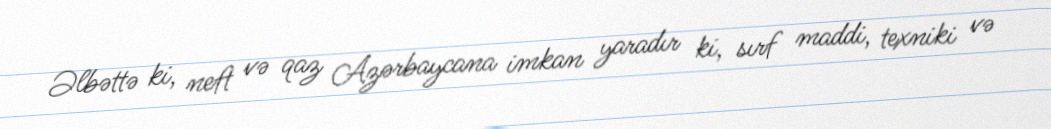
Əlbəttə ki, neft və qaz Azərbaycana imkan yaradır ki, sırf maddi, texniki və